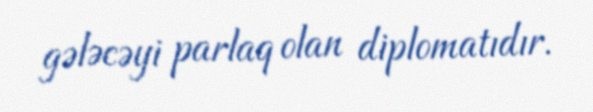
gələcəyi parlaq olan diplomatıdır.